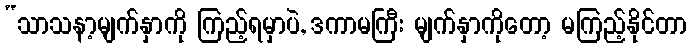
“သာသနာ့မျက်နှာကို ကြည့်ရမှာပဲ, ဒကာမကြီး မျက်နှာကိုတော့ မကြည့်နိုင်တာ